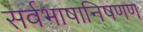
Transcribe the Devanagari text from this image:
सर्वभाषानिषणण